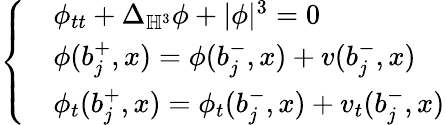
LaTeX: \left\{ \begin{array}{rl}&{\phi_{tt}+\Delta_{\mathbb{H}^{3}}\phi+|\phi|^{3}=0}\\ &{\phi(b_{j}^{+},x)=\phi(b_{j}^{-},x)+v(b_{j}^{-},x)}\\ &{\phi_{t}(b_{j}^{+},x)=\phi_{t}(b_{j}^{-},x)+v_{t}(b_{j}^{-},x)}\end{array}\right.